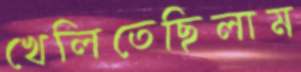
খেলিতেছিলাম